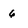
Character: 6